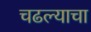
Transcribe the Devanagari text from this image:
चढल्याचा